Civil Veterinary Department Bengal reports 1923-33 - 1923-1933
Year: 1923
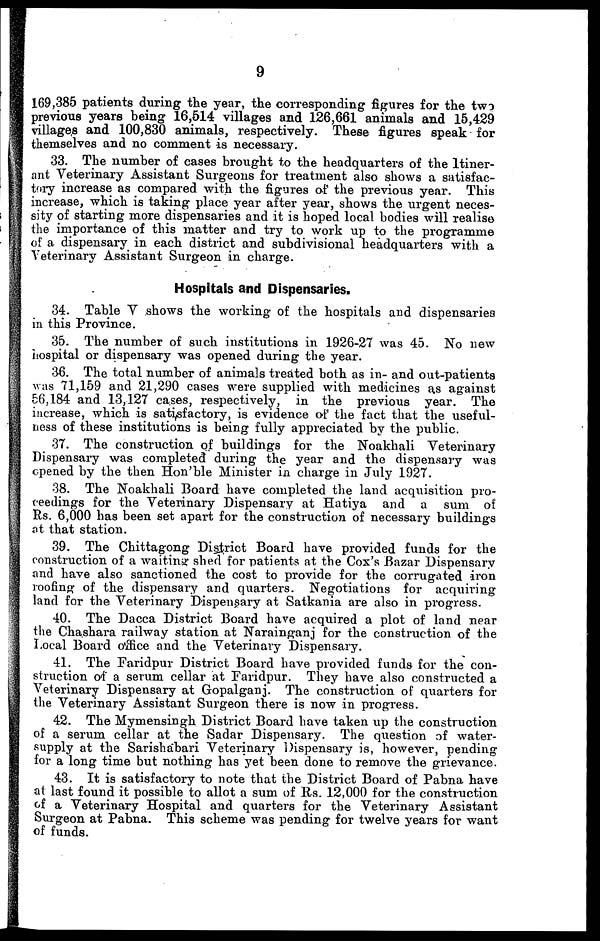
9
169,385 patients during the year, the corresponding figures for the two
previous years being 16,514 villages and 126,661 animals and 15,429
villages and 100,830 animals, respectively. These figures speak for
themselves and no comment is necessary.
33. The number of cases brought to the headquarters of the Itiner-
ant Veterinary Assistant Surgeons for treatment also shows a satisfac-
tory increase as compared with the figures of the previous year. This
increase, which is taking place year after year, shows the urgent neces-
sity of starting more dispensaries and it is hoped local bodies will realise
the importance of this matter and try to work up to the programme
of a dispensary in each district and subdivisional headquarters with a
Veterinary Assistant Surgeon in charge.
Hospitals and Dispensaries.
34. Table V shows the working of the hospitals and dispensaries
in this Province.
35. The number of such institutions in 1926-27 was 45. No new
hospital or dispensary was opened during the year.
36. The total number of animals treated both as in- and out-patients
was 71,159 and 21,290 cases were supplied with medicines as against
56,184 and 13,127 cases, respectively, in the previous year. The
increase, which is satisfactory, is evidence of the fact that the useful-
ness of these institutions is being fully appreciated by the public.
37. The construction of buildings for the Noakhali Veterinary
Dispensary was completed during the year and the dispensary was
opened by the then Hon'ble Minister in charge in July 1927.
38. The Noakhali Board have completed the land acquisition pro-
ceedings for the Veterinary Dispensary at Hatiya and a sum of
Rs. 6,000 has been set apart for the construction of necessary buildings
at that station.
39. The Chittagong District Board have provided funds for the
construction of a waiting shed for patients at the Cox's Bazar Dispensary
and have also sanctioned the cost to provide for the corrugated iron
roofing of the dispensary and quarters. Negotiations for acquiring
land for the Veterinary Dispensary at Satkania are also in progress.
40. The Dacca District Board have acquired a plot of land near
the Chashara railway station at Narainganj for the construction of the
Local Board office and the Veterinary Dispensary.
41. The Faridpur District Board have provided funds for the con-
struction of a serum cellar at Faridpur. They have also constructed a
Veterinary Dispensary at Gopalganj. The construction of quarters for
the Veterinary Assistant Surgeon there is now in progress.
42. The Mymensingh District Board have taken up the construction
of a serum cellar at the Sadar Dispensary. The question of water-
supply at the Sarishabari Veterinary Dispensary is, however, pending
for a long time but nothing has yet been done to remove the grievance.
43. It is satisfactory to note that the District Board of Pabna have
at last found it possible to allot a sum of Rs. 12,000 for the construction
of a Veterinary Hospital and quarters for the Veterinary Assistant
Surgeon at Pabna. This scheme was pending for twelve years for want
of funds.